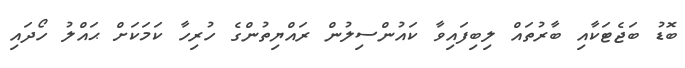
ބޮޑު ބަޖެޓަކާއި ބާރުތައް ލިބިފައިވާ ކައުންސިލުން ރައްޔިތުންގެ ހުރިހާ ކަމަކަށް ޙައްލު ހޯދައި